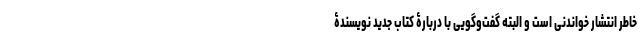
خاطر انتشار خواندنی است و البته گفت‌و‌گویی با دربارۀ کتاب جدید نویسندۀ